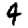
Digit: 4